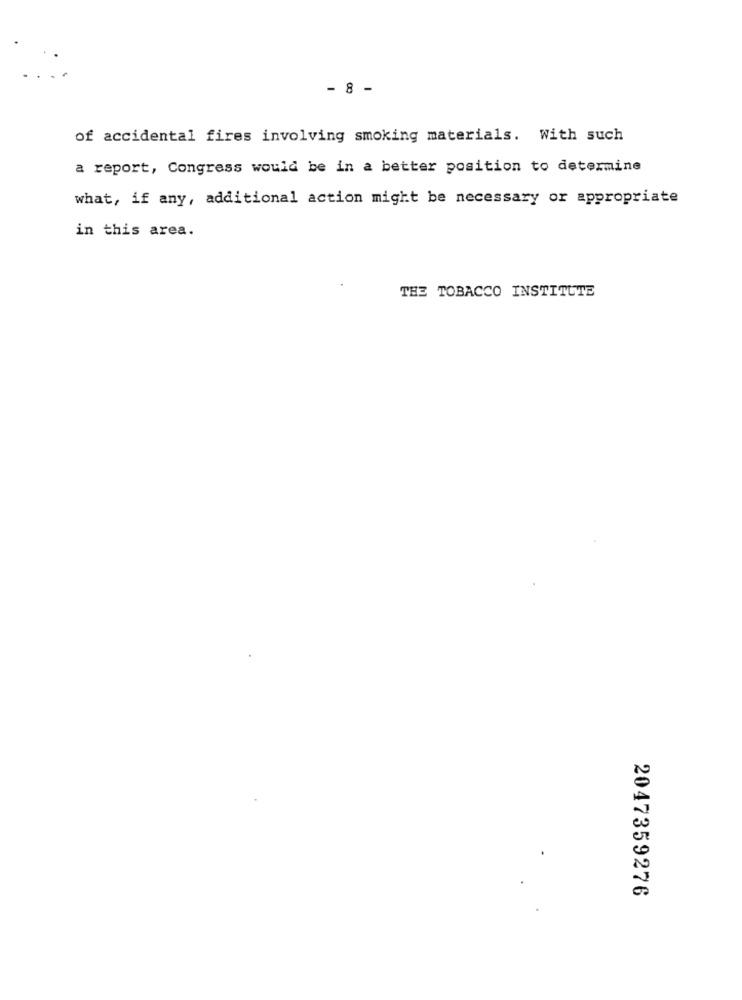
- 8 -
of accidental fires involving smoking materials. With such
a report, Congress would be in a better position to determine
what, if any, additional action might be necessary or appropriate
in this area.
THE TOBACCO INSTITUTE
2047359276